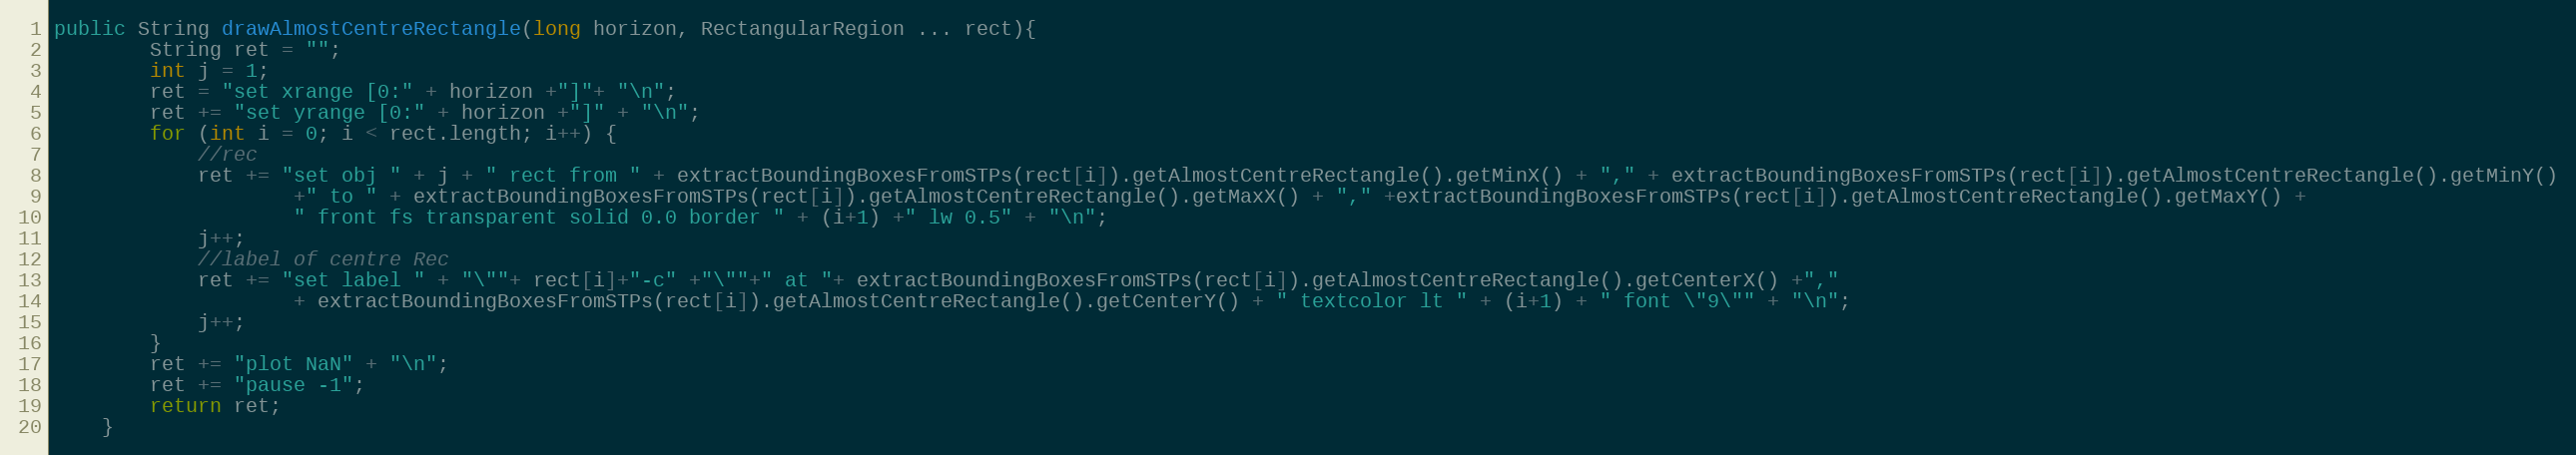
Language: Java
public String drawAlmostCentreRectangle(long horizon, RectangularRegion ... rect){
		String ret = "";
		int j = 1;
		ret = "set xrange [0:" + horizon +"]"+ "\n";
		ret += "set yrange [0:" + horizon +"]" + "\n";
		for (int i = 0; i < rect.length; i++) {
			//rec
			ret += "set obj " + j + " rect from " + extractBoundingBoxesFromSTPs(rect[i]).getAlmostCentreRectangle().getMinX() + "," + extractBoundingBoxesFromSTPs(rect[i]).getAlmostCentreRectangle().getMinY()
					+" to " + extractBoundingBoxesFromSTPs(rect[i]).getAlmostCentreRectangle().getMaxX() + "," +extractBoundingBoxesFromSTPs(rect[i]).getAlmostCentreRectangle().getMaxY() +
					" front fs transparent solid 0.0 border " + (i+1) +" lw 0.5" + "\n";
			j++;
			//label of centre Rec
			ret += "set label " + "\""+ rect[i]+"-c" +"\""+" at "+ extractBoundingBoxesFromSTPs(rect[i]).getAlmostCentreRectangle().getCenterX() +","
					+ extractBoundingBoxesFromSTPs(rect[i]).getAlmostCentreRectangle().getCenterY() + " textcolor lt " + (i+1) + " font \"9\"" + "\n";
			j++;
		}
		ret += "plot NaN" + "\n";
		ret += "pause -1";
		return ret;
	}